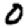
Digit: 0